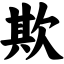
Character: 欺